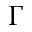
\Gamma